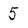
Character: 5